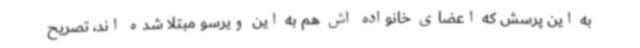
به این پرسش که اعضای خانواده اش هم به این ویرسو مبتلا شده اند، تصریح